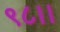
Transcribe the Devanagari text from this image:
९८।।